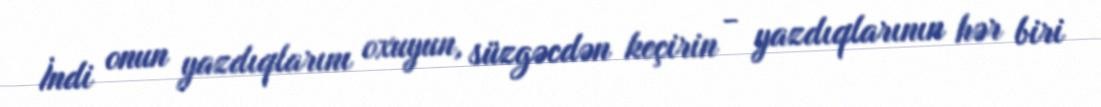
İndi onun yazdıqlarını oxuyun, süzgəcdən keçirin - yazdıqlarının hər biri